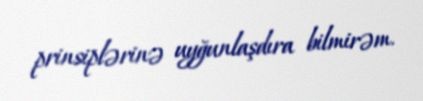
prinsiplərinə uyğunlaşdıra bilmirəm.